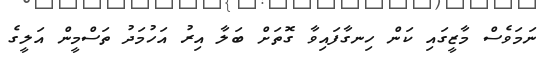
ނަމަވެސް މާޒީގައި ކަން ހިނގާފައިވާ ގޮތަށް ބަލާ އިރު އަހުމަދު ތަސްމީން އަލީގެ